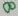
Text: 8